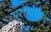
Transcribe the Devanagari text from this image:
युरोपाएवढे